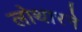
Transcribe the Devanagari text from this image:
लोथारने